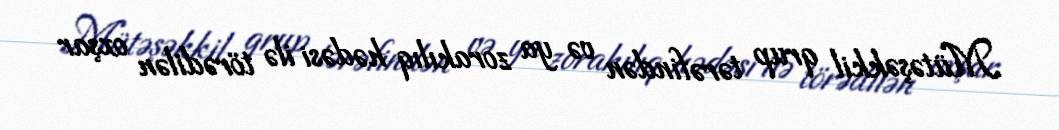
Mütəşəkkil qrup tərəfindən və ya zorakılıq hədəsi ilə törədilən oxşar